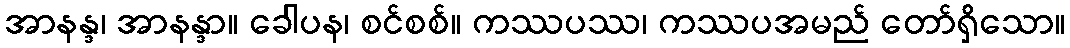
အာနန္ဒ၊ အာနန္ဒာ။ ခေါပန၊ စင်စစ်။ ကဿပဿ၊ ကဿပအမည် တော်ရှိသော။